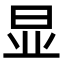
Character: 显